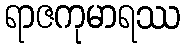
ရာဇကုမာရဿ